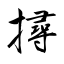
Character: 撏